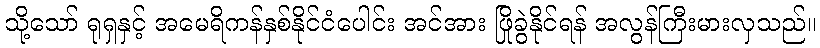
သို့သော် ရုရှနှင့် အမေရိကန်နှစ်နိုင်ငံပေါင်း အင်အား ဖြိုခွဲနိုင်ရန် အလွန်ကြီးမားလှသည်။